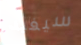
سيفيد